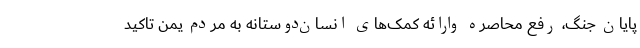
پایان جنگ، رفع محاصره وارائه کمک‌های انسان‌دوستانه به مردم یمن تاکید